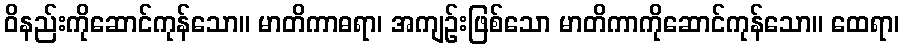
ဝိနည်းကိုဆောင်ကုန်သော။ မာတိကာဓရာ၊ အကျဉ်းဖြစ်သော မာတိကာကိုဆောင်ကုန်သော။ ထေရာ၊